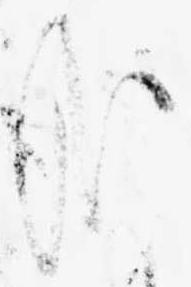
哉